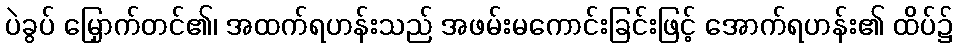
ပဲခွပ် မြှောက်တင်၏၊ အထက်ရဟန်းသည် အဖမ်းမကောင်းခြင်းဖြင့် အောက်ရဟန်း၏ ထိပ်၌